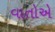
વાતોએ